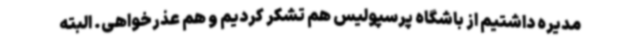
مدیره داشتیم از باشگاه پرسپولیس هم تشکر کردیم و هم عذرخواهی. البته